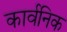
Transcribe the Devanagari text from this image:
कार्वनिक